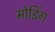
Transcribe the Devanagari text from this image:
मोडिंग